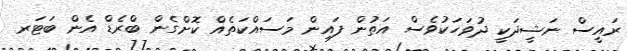
ރައީސް ނަޝީދަކީ ދުވަހަކުވެސް އަތުން ފައިން މަސައްކަތެއް ކޮށްގެން ބްރެޑް އެން ބަޓަރ